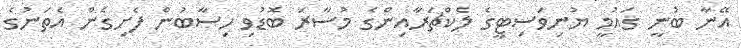
އޭނާ ބުނީ ގައުމީ ޔުނިވަސިޓީގެ ލެކްޗަރާއިންގެ މުސާރަ ބޮޑުވި ހިސާބުން ފެށިގެން އެތަނުގެ